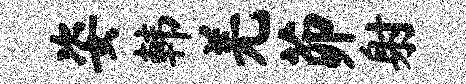
姿韩羌茆射